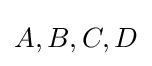
\textstyle A,B,C,D